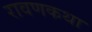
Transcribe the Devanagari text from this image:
रावणकथा